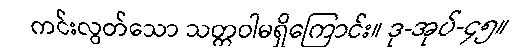
ကင်းလွတ်သော သတ္တဝါမရှိကြောင်း။ ဒု-အုပ်-၄၅။